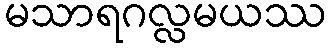
မသာရဂလ္လမယဿ